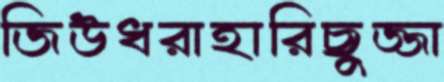
জিউধরাহারিছুজ্জা